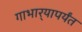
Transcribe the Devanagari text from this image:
गाभार्‍यापर्यंत